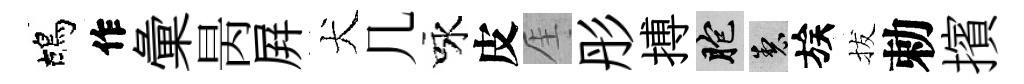
鴣作彙昺屛犬几咏皮厓彤搏胞製族拔勅擯